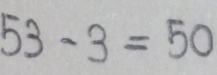
5 3 - 3 = 5 0